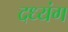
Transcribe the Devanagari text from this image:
दध्यंग